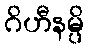
ဂိဟီနမ္ပိ